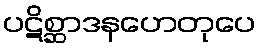
ပဋိစ္ဆာဒနဟေတုပေ